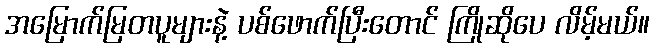
အမြောက်မြတပူများနဲ့ ပစ်ဖောက်ပြီးတောင် ကြိုဆိုပေ လိမ့်မယ်။